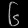
Digit: ၆